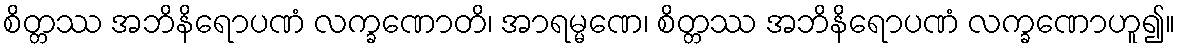
စိတ္တဿ အဘိနိရောပဏံ လက္ခဏောတိ၊ အာရမ္မဏေ၊ စိတ္တဿ အဘိနိရောပဏံ လက္ခဏောဟူ၍။